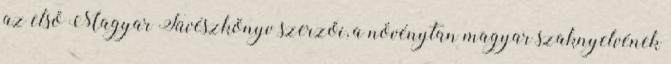
az első Magyar Füvészkönyv szerzői, a növénytan magyar szaknyelvének